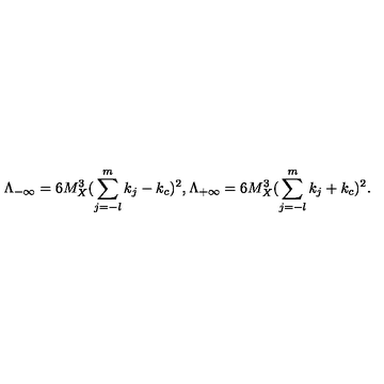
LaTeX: \Lambda _ { - \infty } = 6 M _ { X } ^ { 3 } ( \sum _ { j = - l } ^ { m } k _ { j } - k _ { c } ) ^ { 2 } , \Lambda _ { + \infty } = 6 M _ { X } ^ { 3 } ( \sum _ { j = - l } ^ { m } k _ { j } + k _ { c } ) ^ { 2 } . \,